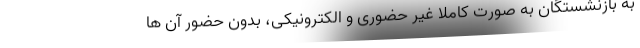
به بازنشستگان به صورت کاملا غیر حضوری و الکترونیکی، بدون حضور آن ها